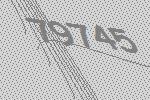
79745